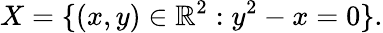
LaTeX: X=\{ (x,y)\in\mathbb{R}^{2}:y^{2}-x=0\} .